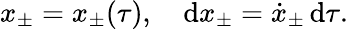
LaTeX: x_{\pm}=x_{\pm}(\tau),\quad\mathrm{d}x_{\pm}=\dot{x}_{\pm}\, \mathrm{d}\tau.